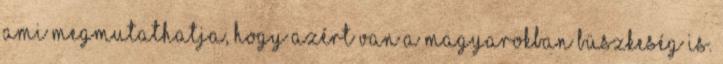
ami megmutathatja, hogy azért van a magyarokban büszkeség is.